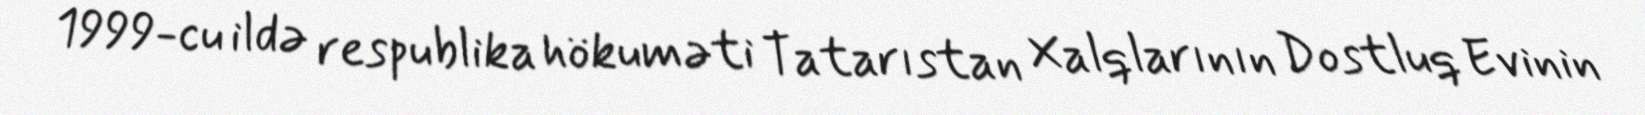
1999-cu ildə respublika hökuməti Tatarıstan Xalqlarının Dostluq Evinin